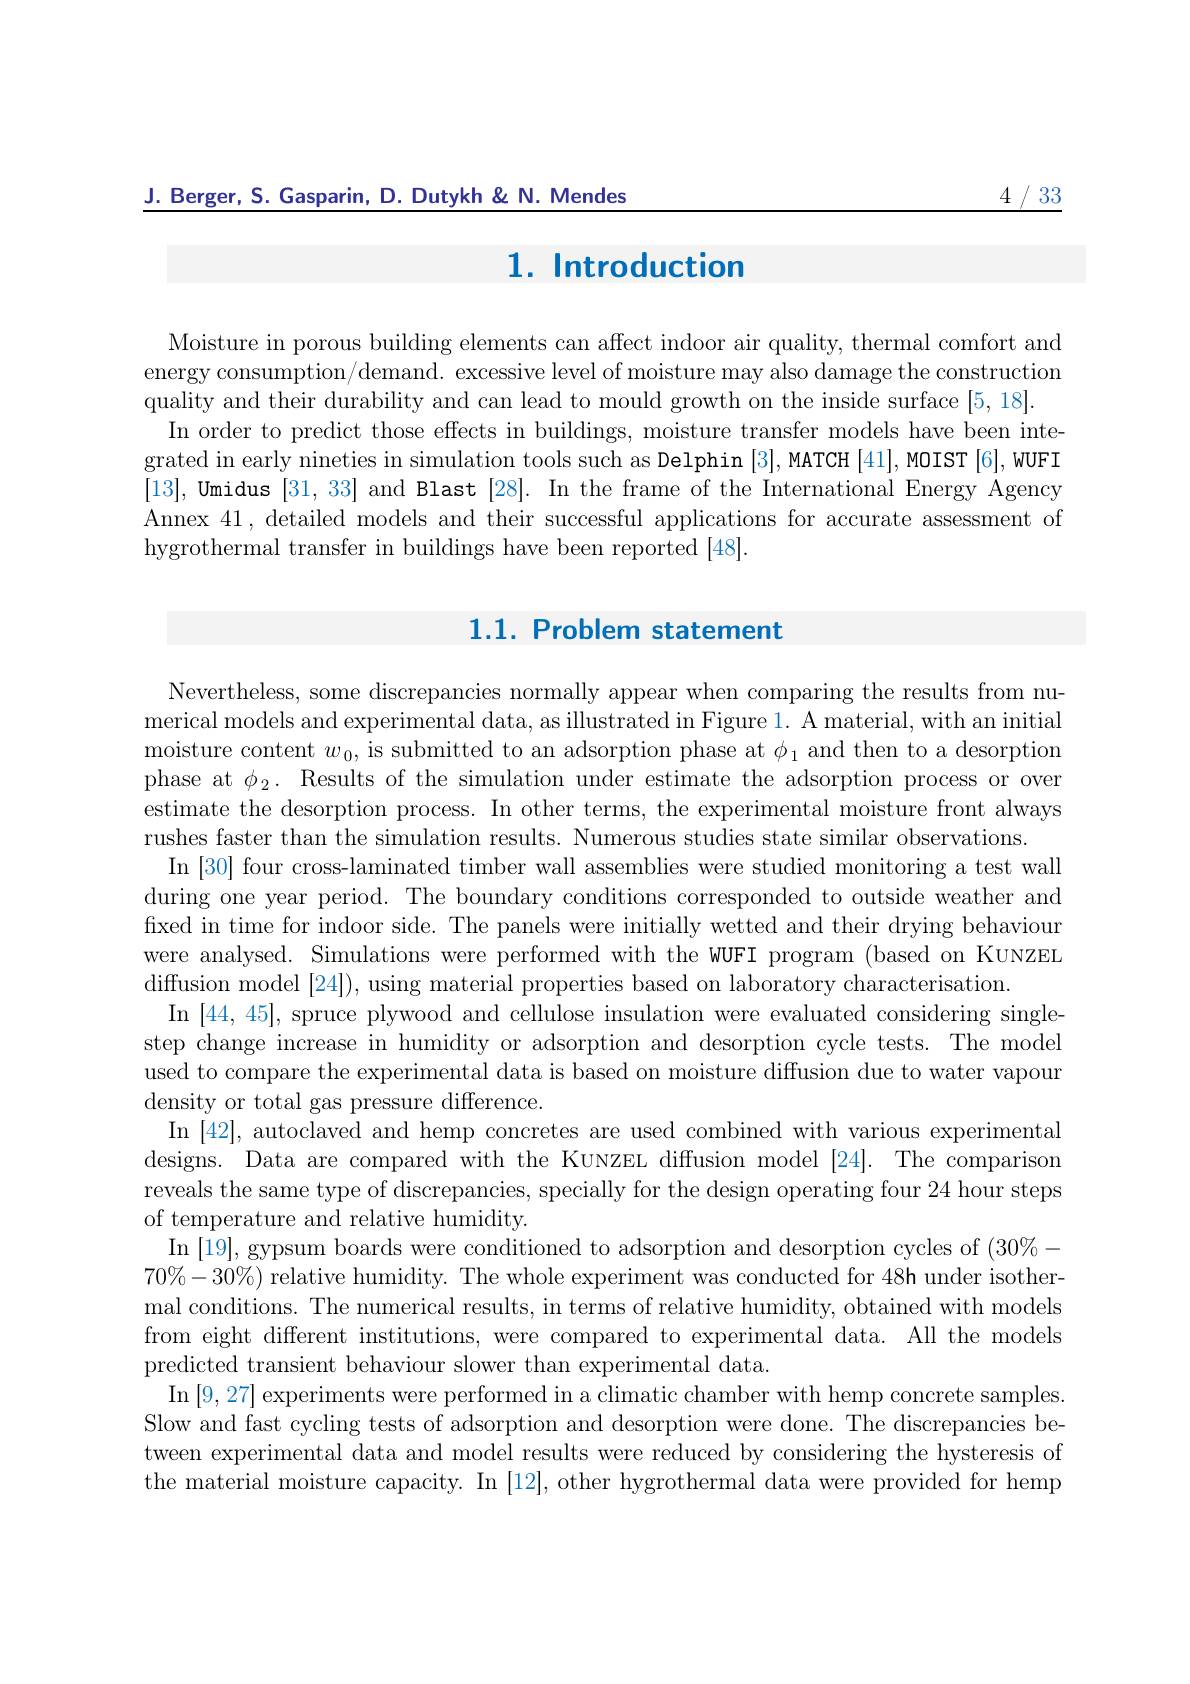
J. Berger, S. Gasparin, D. Dutykh & N. Mendes

4/33

# 1. Introduction

Moisture in porous building elements can affect indoor air quality, thermal comfort and energy consumption/demand. excessive level of moisture may also damage the construction quality and their durability and can lead to mould growth on the inside surface [5,18].
In order to predict those effects in buildings, moisture transfer models have been integrated in early nineties in simulation tools such as Delphin [3], MATCH [41], MOIST [6], WUFI [13], Umidus [31,33] and Blast [28]. In the frame of the International Energy Agency Annex 41, detailed models and their successful applications for accurate assessment of hygrothermal transfer in buildings have been reported [48].

## 1.1. Problem statement

Nevertheless, some discrepancies normally appear when comparing the results from numerical models and experimental data, as illustrated in Figure 1. A material, with an initial moisture content $w_0$, is submitted to an adsorption phase at $\phi_1$ and then to a desorption phase at $\phi_{2}.$ Results of the simulation under estimate the adsorption process or over estimate the desorption process. In other terms, the experimental moisture front always rushes faster than the simulation results. Numerous studies state similar observations
In [30] four cross-laminated timber wall assemblies were studied monitoring a test wall during one year period. The boundary conditions corresponded to outside weather and fixed in time for indoor side. The panels were initially wetted and their drying behaviour were analysed. Simulations were performed with the WUFI program (based on KUNZEL diffusion model [24]), using material properties based on laboratory characterisation.
In [44,45],spruce plywood and cellulose insulation were evaluated considering singlestep change increase in humidity or adsorption and desorption cycle tests. The model used to compare the experimental data is based on moisture diffusion due to water vapour density or total gas pressure difference.
In [42], autoclaved and hemp concretes are used combined with various experimental designs. Data are compared with the KuvzEL diffusion model [24]. The comparison reveals the same type of discrepancies, specially for the design operating four 24 hour steps of temperature and relative humidity.
In [19],gypsum boards were conditioned to adsorption and desorption cycles of $(30\%-$ $70\%-30\%$) relative humidity. The whole experiment was conducted for 48h under isothermal conditions. The numerical results, in terms of relative humidity, obtained with models from eight different institutions, were compared to experimental data. All the models predicted transient behaviour slower than experimental data.
$\operatorname{In}\left[9,27\right]$experiments were performed in a climatic chamber with hemp concrete samples. Slow and fast cycling tests of adsorption and desorption were done. The discrepancies between experimental data and model results were reduced by considering the hysteresis of the material moisture capacity. In [12], other hygrothermal data were provided for hemp